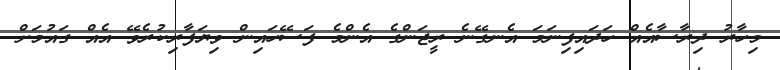
މިހާރު ދިރާސާއެއް ހަދައިފިނަމަ އެނގޭނެ ރީޖަންގެ އެންމެ ފަސޭހައިން ވިޔަފާރިކުރެވޭ އެއް ގައުމަށް